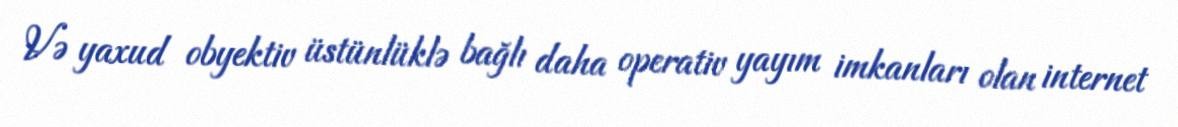
Və yaxud obyektiv üstünlüklə bağlı daha operativ yayım imkanları olan internet